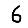
Digit: 6